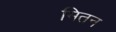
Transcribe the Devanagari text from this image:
मितन